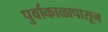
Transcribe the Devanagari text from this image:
पुर्वाकाळापासून